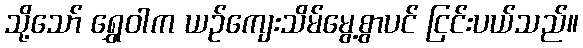
သို့သော် ရွှေဝါက ယဉ်ကျေးသိမ်မွေ့စွာပင် ငြင်းပယ်သည်။